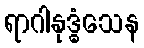
ရာဂါနုဒ္ဓံသေန